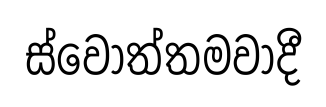
ස්වෝත්තමවාදී